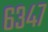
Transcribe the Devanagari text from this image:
६३४७